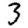
Digit: 3